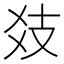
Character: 𢺽